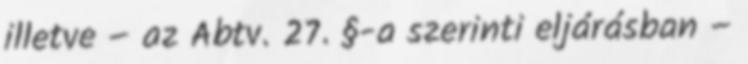
illetve – az Abtv. 27. §-a szerinti eljárásban –